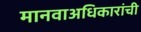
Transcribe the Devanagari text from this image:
मानवाअधिकारांची